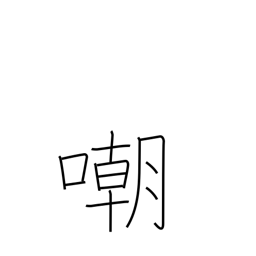
Meaning: insult